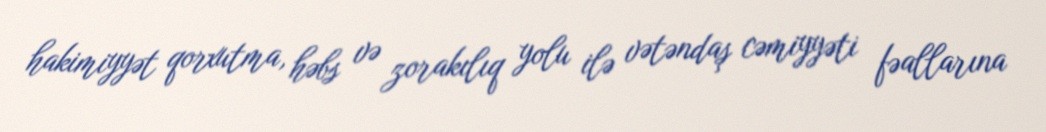
hakimiyyət qorxutma, həbs və zorakılıq yolu ilə vətəndaş cəmiyyəti fəallarına